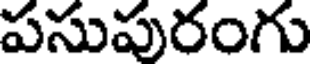
పసుపురంగు